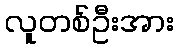
လူတစ်ဦးအား